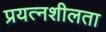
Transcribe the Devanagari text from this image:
प्रयत्नशीलता